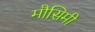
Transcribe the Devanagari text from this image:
मौसिमी